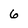
Character: 6